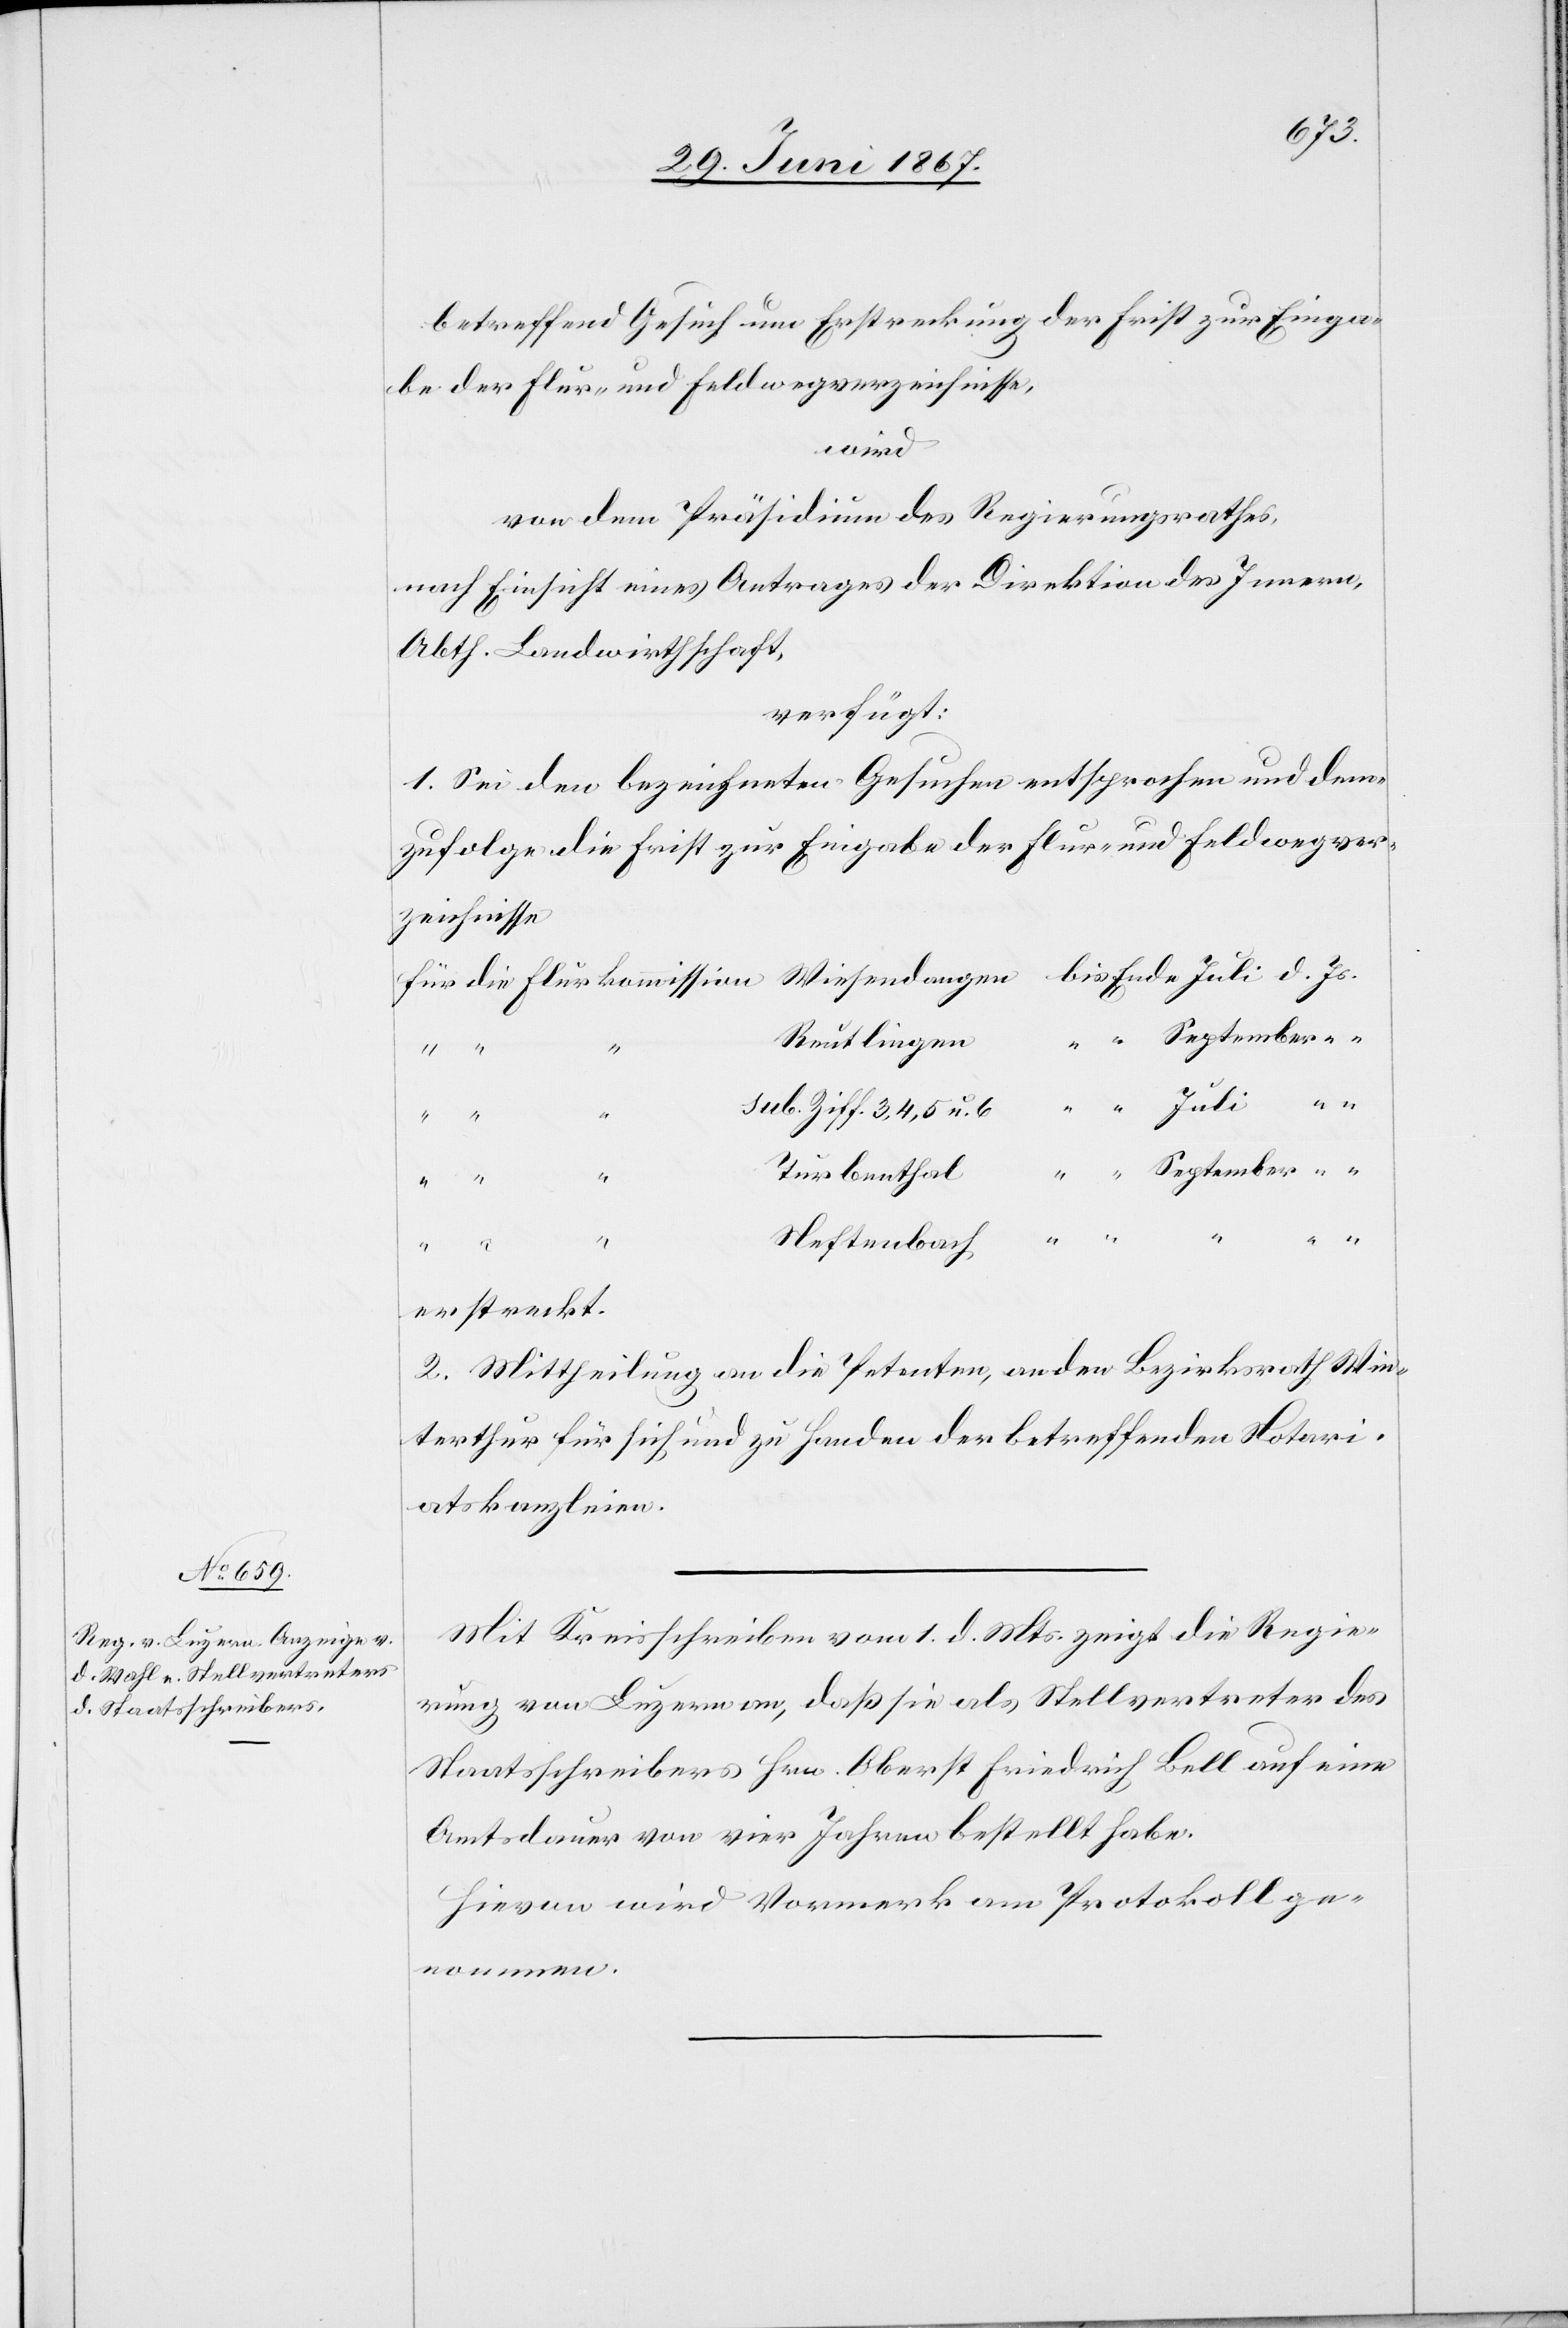
betreffend Gesuch um Erstreckung der Frist zur Einga¬
be der Flur- und Feldwegverzeichnisse,
wird
von dem Präsidium des Regierungsrathes,
nach Einsicht eines Antrages der Direktion des Innern,
Abth. Landwirthschaft,
verfügt:
1. Sei den bezeichneten Gesuchen entsprochen und dem¬
zufolge die Frist zur Freigabe der Flur- und Feldwegver¬
zeichnisse
Reutlingen
5 u.
4,
September
erstreckt.
2. Mittheilung an die Petenten, an den Bezirksrath Win¬
terthur für sich und zu Handen der betreffenden Notari¬
atskanzleien.
Mit Kreisschreiben vom 1. d. Mts. zeigt die Regie¬
rung von Luzern an, daß sie als Stellvertreter des
Staatsschreibers Hrn. Oberst Friederich Bell auf eine
Amtsdauer von vier Jahren bestellt habe.
Hievon wird Vormerk am Protokoll ge¬
nommen.